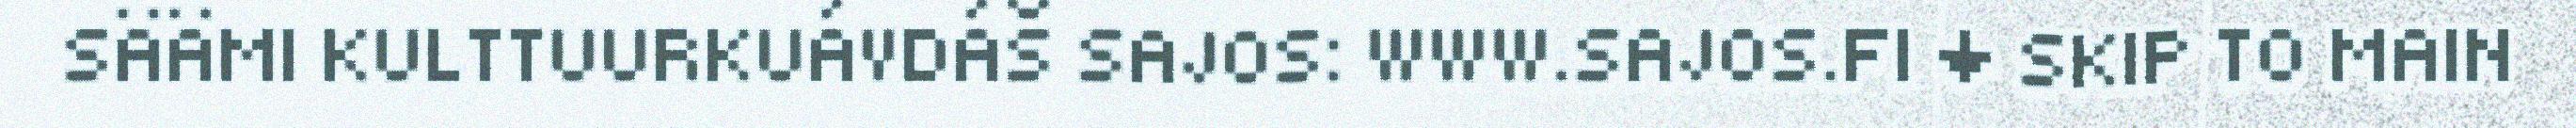
SÄÄMI KULTTUURKUÁVDÁŠ SAJOS: WWW.SAJOS.FI ↓ SKIP TO MAIN